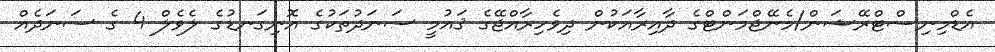
އެޑްމިނިސްޓްރޭޝަން/މެނޭޖްމަންޓްގެ ދާއިރާއަކުން ދިވެހިރާއްޖޭގެ ޤައުމީ ސަނަދުތަކުގެ އޮނިގަނޑުގެ ލެވެލް 4 ގެ ސަނަދެއް